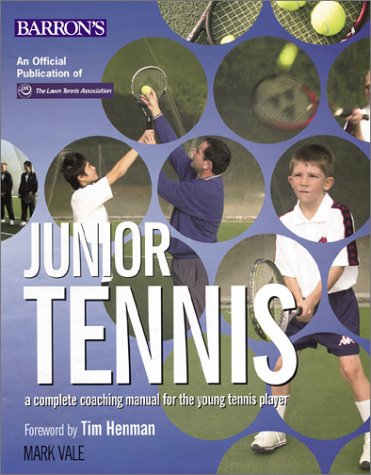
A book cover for Junior Tennis: A Complete Coaching Manual For The Young Tennis Player; Mark Vale; Children's Books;